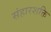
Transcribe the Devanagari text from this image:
संहारशक्ति